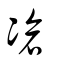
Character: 凔